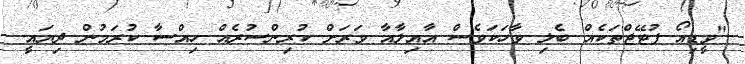
"ވީޑިއޯ ފުޓޭޖްތަކެއް ބެލި ވާހަކަވެސް އާއިލާއާ ވަރަށް ކުރިންސުރެއް ހިއްސާ ކުރަމުން ދިޔައީ.